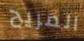
المريح